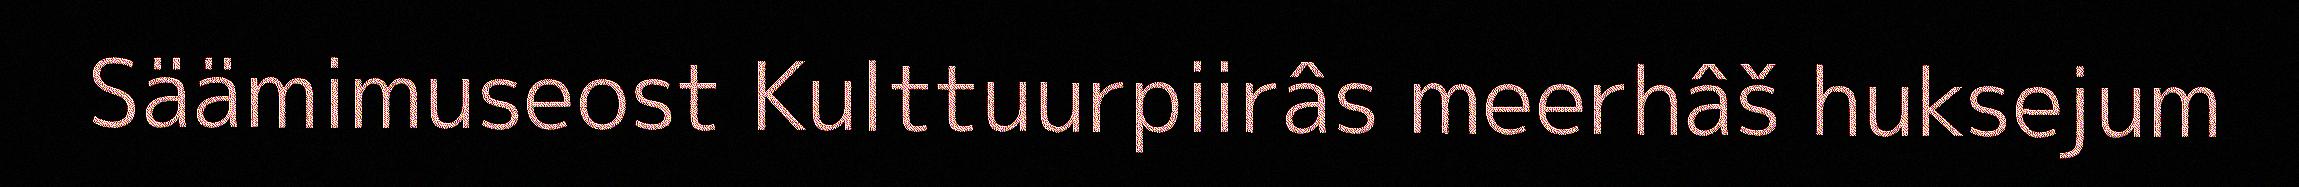
Säämimuseost Kulttuurpiirâs meerhâš huksejum